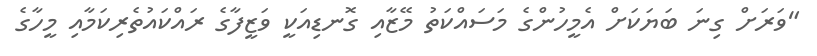
"ވަރަށް ގިނަ ބަޔަކަށް އެމީހުންގެ މަސައްކަތު މޭޒާއި ގޮނޑިއަކީ ވަޒީފާގެ ރައްކައުތެރިކަމާއި މީހާގެ